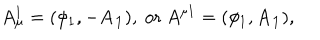
LaTeX: A _ { \mu } ^ { 1 } = ( \phi _ { 1 } , - \mathbf { A _ { 1 } } ) , ~ \mathrm { o r } ~ A ^ { \mu 1 } = ( \phi _ { 1 } , \mathbf { A _ { 1 } } ) ,